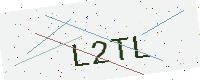
Text: L2TL